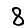
Digit: 8